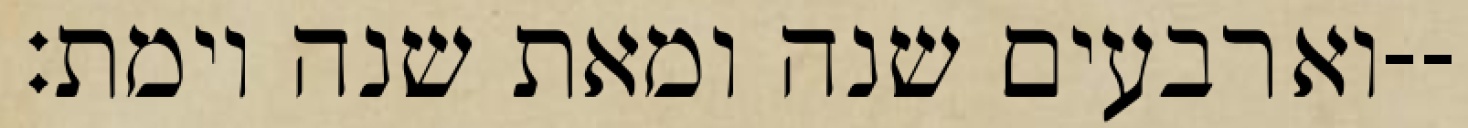
וארבעים שנה ומאת שנה וימת׃--